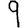
Digit: 9